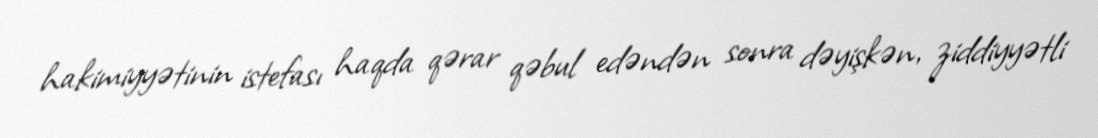
hakimiyyətinin istefası haqda qərar qəbul edəndən sonra dəyişkən, ziddiyyətli